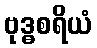
ဗုဒ္ဓစရိယံ